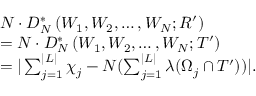
\begin{array} { r l } & { N \cdot D _ { N } ^ { * } \left( W _ { 1 } , W _ { 2 } , \ldots , W _ { N } ; R ^ { \prime } \right) } \\ & { = N \cdot D _ { N } ^ { * } \left( W _ { 1 } , W _ { 2 } , \ldots , W _ { N } ; T ^ { \prime } \right) } \\ & { = | \sum _ { j = 1 } ^ { | L | } \chi _ { j } - N ( \sum _ { j = 1 } ^ { | L | } \lambda ( \Omega _ { j } \cap T ^ { \prime } ) ) | . } \end{array}